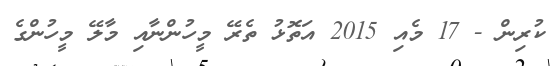
ކުރިން - 17 މެއި 2015 އަތޮޅު ތެރޭ މީހުންނާއި މާލޭ މީހުންގެ